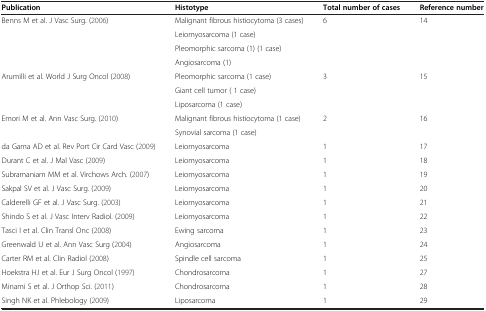
| Publication | Histotype | Total number of cases | Reference number |
 | --- | --- | --- | --- |
 | Benns M et al. J Vasc Surg. ([2006]) | Malignant fibrous histiocytoma (3 cases) | 6 | 14 |
 |  | Leiomyosarcoma (1 case) |  |  |
 |  | Pleomorphic sarcoma (1) (1 case) |  |  |
 |  | Angiosarcoma (1) |  |  |
 | Arumilli et al. World J Surg [Oncol (2008]) | Pleomorphic sarcoma (1 case) | 3 | 15 |
 |  | Giant cell tumor ( 1 case) |  |  |
 |  | Liposarcoma (1 case) |  |  |
 | Emori M et al. Ann Vasc Surg. ([2010]) | Malignant fibrous histiocytoma (1 case) | 2 | 16 |
 |  | Synovial sarcoma (1 case) |  |  |
 | da Gama AD et al. Rev Port Cir Card [Vasc (2009]) | Leiomyosarcoma | 1 | 17 |
 | Durant C et al. J Mal [Vasc (2009]) | Leiomyosarcoma | 1 | 18 |
 | Subramaniam MM et al. Virchows Arch. ([2007]) | Leiomyosarcoma | 1 | 19 |
 | Sakpal SV et al. J Vasc Surg. ([2009]) | Leiomyosarcoma | 1 | 20 |
 | Calderelli GF et al. J Vasc Surg. ([2003]) | Leiomyosarcoma | 1 | 21 |
 | Shindo S et al. J Vasc Interv Radiol. ([2009]) | Leiomyosarcoma | 1 | 22 |
 | Tasci I et al. Clin Transl [Onc (2008]) | Ewing sarcoma | 1 | 23 |
 | Greenwald U et al. Ann Vasc [Surg (2004]) | Angiosarcoma | 1 | 24 |
 | Carter RM et al. Clin [Radiol (2008]) | Spindle cell sarcoma | 1 | 25 |
 | Hoekstra HJ et al. Eur J Surg [Oncol (1997]) | Chondrosarcoma | 1 | 27 |
 | Minami S et al. J Orthop Sci. ([2011]) | Chondrosarcoma | 1 | 28 |
 | Singh NK et al. [Phlebology (2009]) | Liposarcoma | 1 | 29 |